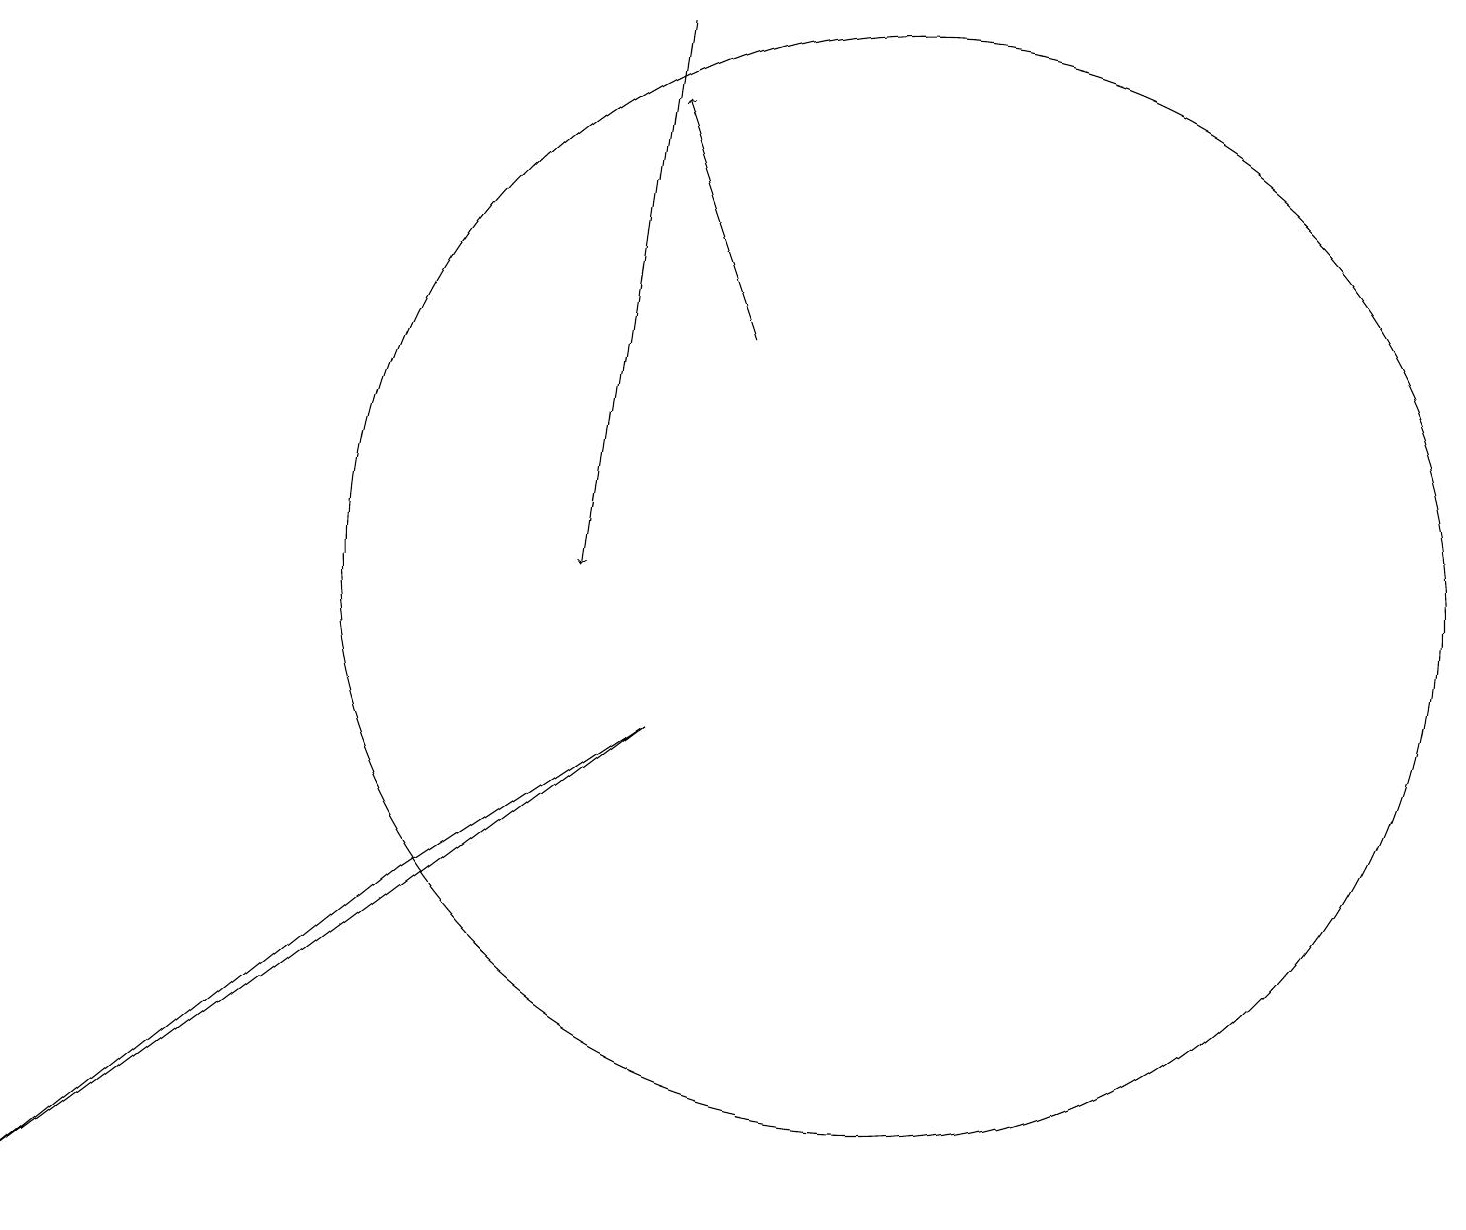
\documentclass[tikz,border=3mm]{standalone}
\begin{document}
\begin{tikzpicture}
\draw[->] (8,17) -- (7,10);
\draw (0,2) -- (8,8) -- (5,6) -- cycle;
\draw[->] (9,13) -- (8,16);
\draw (11,10) circle (7);
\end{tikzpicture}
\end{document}